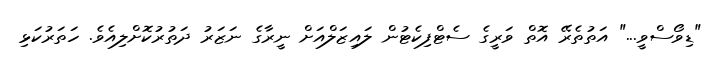
"ޑިވޯސްވީ..." އަތުތެރޭ އޮތް ވަރީގެ ސެޓްފިކެޓުން ލައިޒަލްއަށް ނީރާގެ ނަޒަރު ދަތުރުކޮށްލިއެވެ. ހަތަރުކަޅި